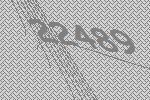
22489